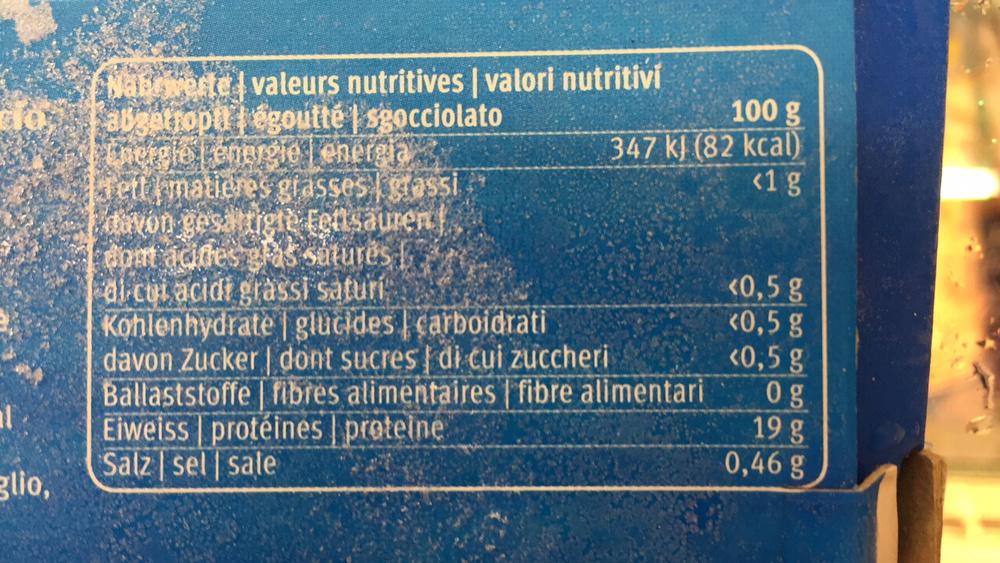
glio,
Nabewertevaleurs nutritives | valori nutritivi abgetropil égoutté sgocciolato Energie energie energia fett / matières grasses grossi davon gesättigte Fettsäuren dont acides gras saturés di cui acidi grassi saturi
Kohlenhydrate | glucides carboidrati
davon Zucker| dont sucres di cui zuccheri Ballaststoffe | fibres alimentaires | fibre alimentari
Eiweiss protéines | proteine
Salz sel | sale
100 g
347 kJ (82 kcal)
<1 g
<0,5 g
<0,5 g
<0,5 g
og
19 g
0,46 g